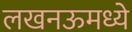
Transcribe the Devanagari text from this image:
लखनऊमध्ये